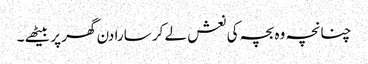
چنانچہ وہ بچہ کی نعش لے کر سارا دن گھر پر بیٹھے ۔